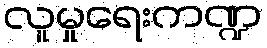
လူမှုရေးကဏ္ဍ